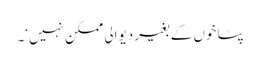
پٹاخوں کے بغیر دیوالی ممکن نہیں‘۔